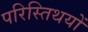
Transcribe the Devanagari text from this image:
परिस्तिथयों